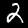
Digit: 2